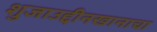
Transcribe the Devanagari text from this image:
शुजाउद्दीनखानाचा